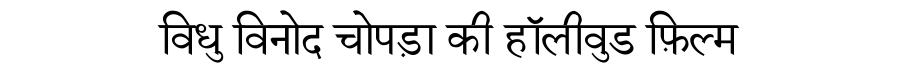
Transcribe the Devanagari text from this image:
विधु विनोद चोपड़ा की हॉलीवुड फ़िल्म